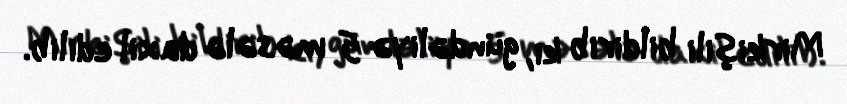
Mirkişili bildirib ki, gündəliyə 5 məsələ daxil edilib.